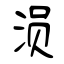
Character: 涢